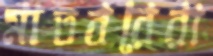
মাতবরেরা